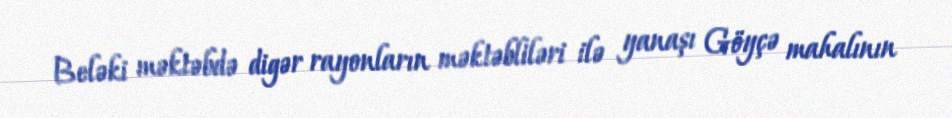
Beləki məktəbdə digər rayonların məktəbliləri ilə yanaşı Göyçə mahalının